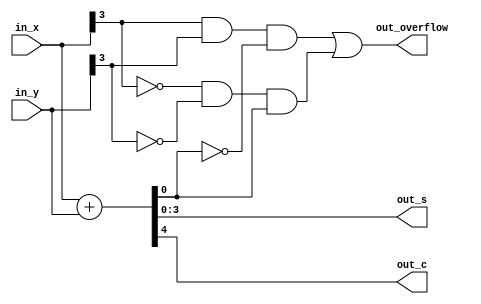
`timescale 1ns / 1ps
//////////////////////////////////////////////////////////////////////////////////
// Company: 
// Engineer: 
// 
// Design Name: 
// Module Name: Arithmetic_Operators
// Project Name: 
// Target Devices: 
// Tool Versions: 
// Description: 
// 
// Dependencies: 
// 
// Revision:
// Revision 0.01 - File Created
// Additional Comments:
// 
//////////////////////////////////////////////////////////////////////////////////


module Arithmetic_Operators
    #(parameter n =4)
    (
    input [n-1:0] in_x, in_y,
    output [n-1:0] out_s,
    output out_c, out_overflow
    );
    
    wire [n:0] wire_sum;
 
////ADDITION   
//    assign wire_sum = {1'b0, in_x} + {1'b0, in_y};
//    assign out_sum = wire_sum[n-1:0];
//    assign out_cout = wire_sum[n];

    assign {out_c, out_s} = in_x + in_y;
    assign out_overflow = (in_x[n-1] & in_y[n-1] & ~out_s) | (~in_x[n-1] & ~in_y[n-1] & out_s);
    
endmodule